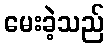
မေးခဲ့သည်